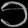
Digit: ၁